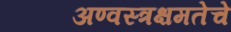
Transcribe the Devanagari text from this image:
अण्वस्त्रक्षमतेचे